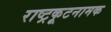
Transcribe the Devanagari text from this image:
राष्ट्रकूटनामक